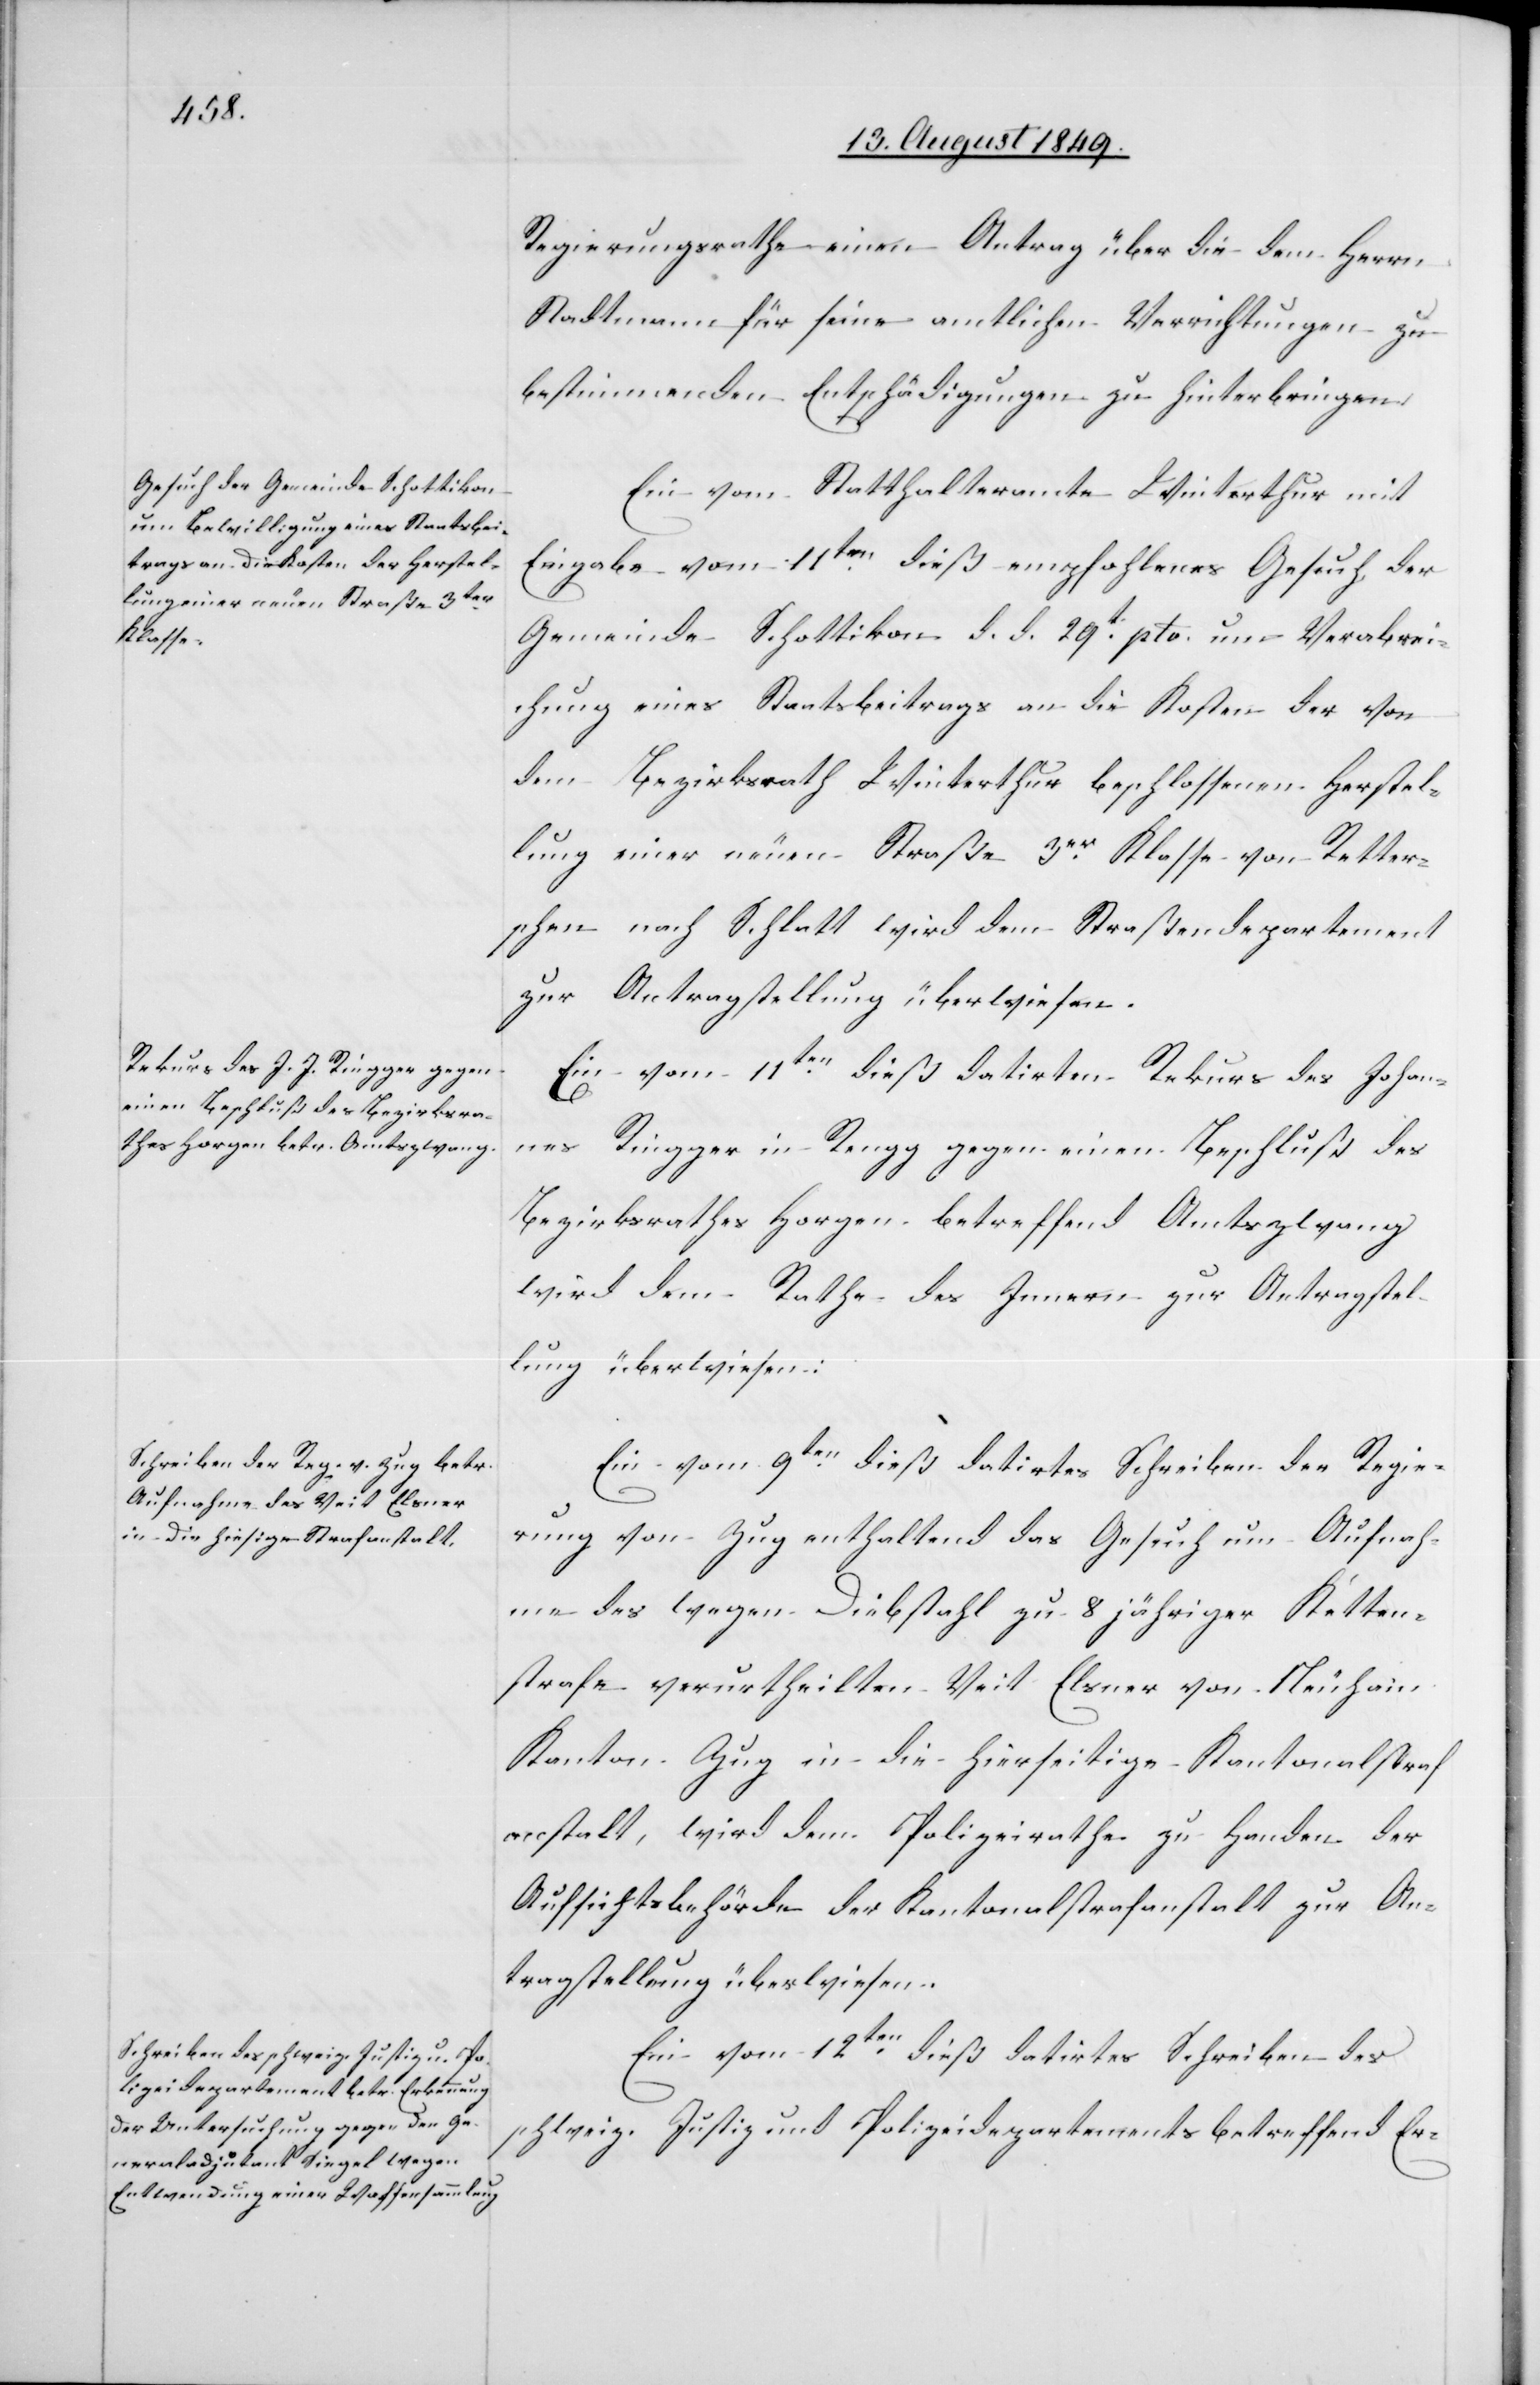
Regierungsrathe [sic!] einen Antrag über die dem Herrn
Stadtmann für seine amtlichen Verrichtungen zu
bestimmenden Entschädigungen zu hinterbringen.
Ein vom Statthalteramte Winterthur mit
Eingabe vom 11ten dieß empfohlenes Gesuch der
Gemeinde Schottikon d. d. 29t pto. um Verabrei¬
chung eines Staatsbeitrags an die Kosten der von
dem Bezirksrath Winterthur beschlossenen Herstel¬
lung einer neuen Straße 3er Klasse von Retter¬
schen nach Schlatt wird dem Straßendepartement
zur Antragstellung überwiesen.
Ein vom 11ten dieß datirter Rekurs des Johan¬
nes Ringger in Rengg gegen einen Beschluß des
Bezirksrathes Horgen betreffend Amtszwang
wird dem Rathe des Innern zur Antragstel¬
lung überwiesen:
Ein vom 9ten dieß datirtes Schreiben der Regie¬
rung von Zug enthaltend das Gesuch um Aufnah¬
me des wegen Diebstahl zu 8 jähriger Ketten¬
strafe verurtheilten Veit Elsner von Neuhain
Kanton Zug in die hierseitige Kantonalstraf¬
anstalt, wird dem Polizeirathe zu Handen der
Aufsichtsbehörde der Kantonalstrafanstalt zur An¬
tragstellung überwiesen.
Ein vom 12ten dieß datirtes Schreiben des
schweiz. Justiz und Polizeidepartements betreffend Er-